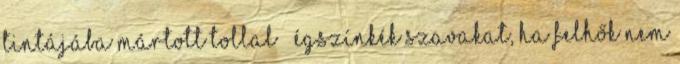
tintájába mártott tollal égszínkék szavakat, ha felhők nem